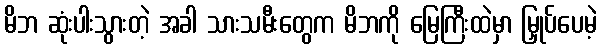
မိဘ ဆုံးပါးသွားတဲ့ အခါ သားသမီးတွေက မိဘကို မြေကြီးထဲမှာ မြှုပ်ပေမဲ့